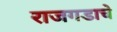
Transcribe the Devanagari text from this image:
राजगडाचे